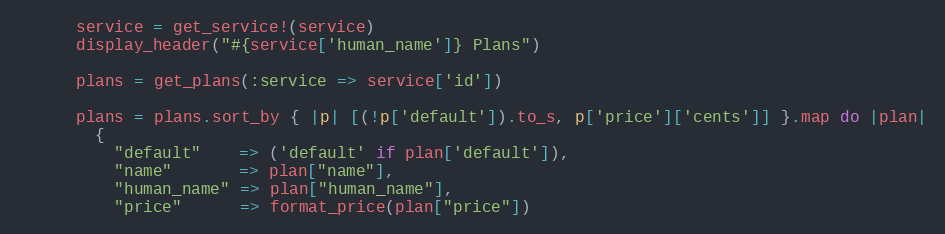
Language: Ruby
      service = get_service!(service)
      display_header("#{service['human_name']} Plans")

      plans = get_plans(:service => service['id'])

      plans = plans.sort_by { |p| [(!p['default']).to_s, p['price']['cents']] }.map do |plan|
        {
          "default"    => ('default' if plan['default']),
          "name"       => plan["name"],
          "human_name" => plan["human_name"],
          "price"      => format_price(plan["price"])